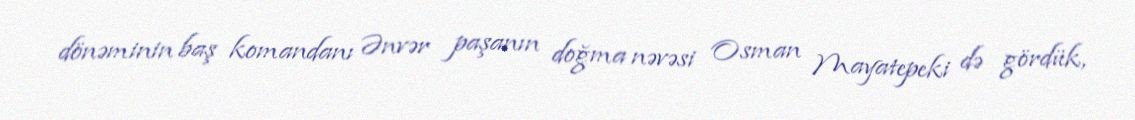
dönəminin baş komandanı Ənvər paşanın doğma nəvəsi Osman Mayatepeki də gördük,